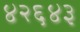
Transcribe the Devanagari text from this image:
४२६४३